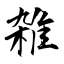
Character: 雑